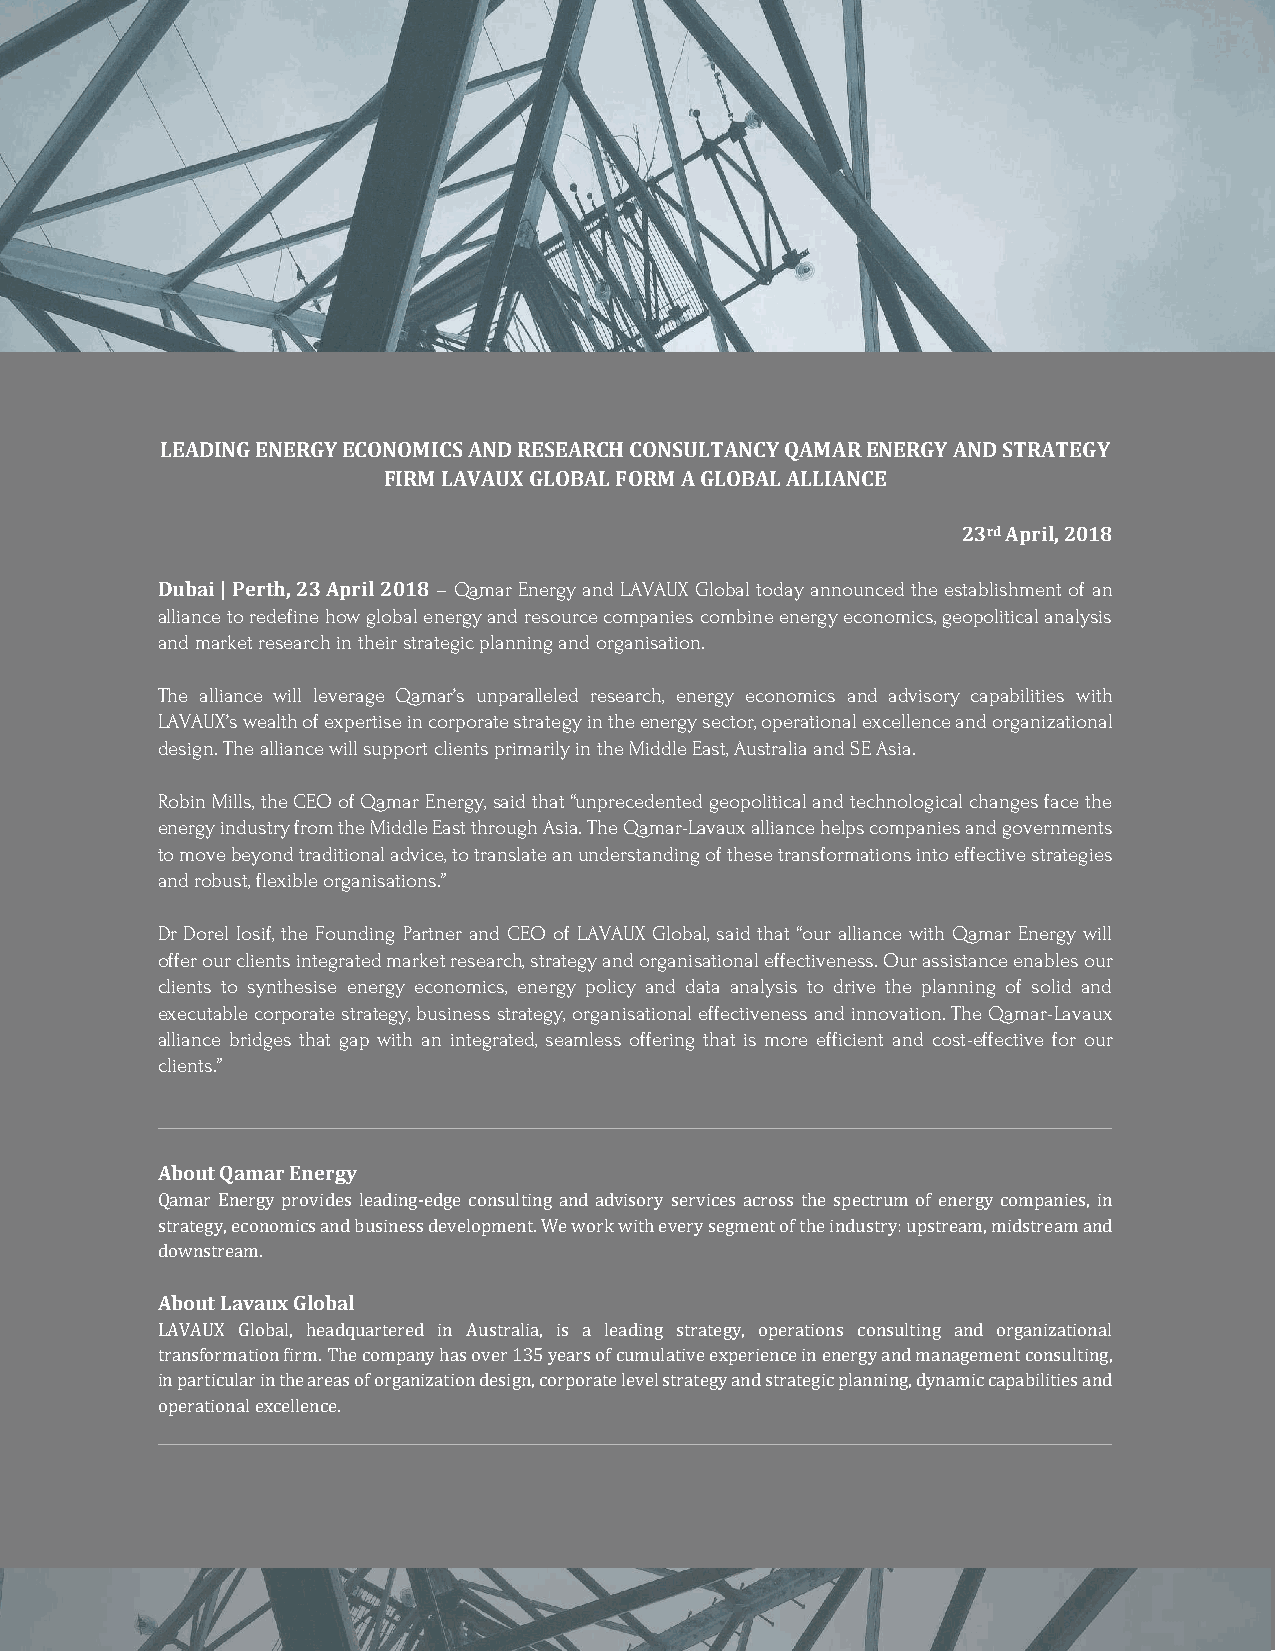
LEADING ENERGY ECONOMICS AND RESEARCH CONSULTANCY QAMAR ENERGY AND STRATEGY
 FIRM LAVAUX GLOBAL FORM A GLOBAL ALLIANCE
 23rd April, 2018
 Dubai | Perth, 23 April 2018 – Qamar Energy and LAVAUX Global today announced the establishment of an
 alliance to redefine how global energy and resource companies combine energy economics, geopolitical analysis
 and market research in their strategic planning and organisation.
 The alliance will leverage Qamar’s unparalleled research, energy economics and advisory capabilities with
 LAVAUX’s wealth of expertise in corporate strategy in the energy sector, operational excellence and organizational
 design. The alliance will support clients primarily in the Middle East, Australia and SE Asia.
 Robin Mills, the CEO of Qamar Energy, said that “unprecedented geopolitical and technological changes face the
 energy industry from the Middle East through Asia. The Qamar-Lavaux alliance helps companies and governments
 to move beyond traditional advice, to translate an understanding of these transformations into effective strategies
 and robust, flexible organisations.”
 Dr Dorel Iosif, the Founding Partner and CEO of LAVAUX Global, said that “our alliance with Qamar Energy will
 offer our clients integrated market research, strategy and organisational effectiveness. Our assistance enables our
 clients to synthesise energy economics, energy policy and data analysis to drive the planning of solid and
 executable corporate strategy, business strategy, organisational effectiveness and innovation. The Qamar-Lavaux
 alliance bridges that gap with an integrated, seamless offering that is more efficient and cost-effective for our
 clients.”
 ____________________________________________________________________________________________________________
 About Qamar Energy
 Qamar Energy provides leading-edge consulting and advisory services across the spectrum of energy companies, in
 strategy, economics and business development. We work with every segment of the industry: upstream, midstream and
 downstream.
 About Lavaux Global
 LAVAUX Global, headquartered in Australia, is a leading strategy, operations consulting and organizational
 transformation firm. The company has over 135 years of cumulative experience in energy and management consulting,
 in particular in the areas of organization design, corporate level strategy and strategic planning, dynamic capabilities and
 operational excellence.
 __________________________________________________________________________________________